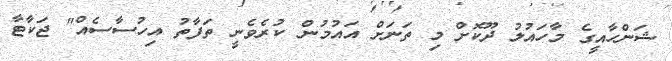
ޝަންހާއީގެ މާހައުލު ދޫކޮށް މި ތަނަށް އައުމުން ކުރެވެނީ ތަފާތު އިހުސާސެއް" ޖަކާޓާ